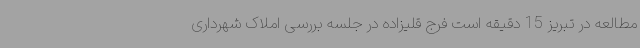
مطالعه در تبریز 15 دقیقه است فرج قلیزاده در جلسه بررسی املاک شهرداری